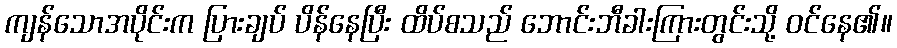
ကျန်သောအပိုင်းက ပြားချပ် ပိန်နေပြီး ထိပ်စသည် ဘောင်းဘီခါးကြားတွင်းသို့ ဝင်နေ၏။